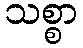
သစ္စာ